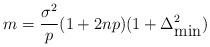
LaTeX: \begin{align*}m = \frac{\sigma^2}{p}(1 + 2n p) (1 + \Delta_{\mbox{min}}^2)\end{align*}